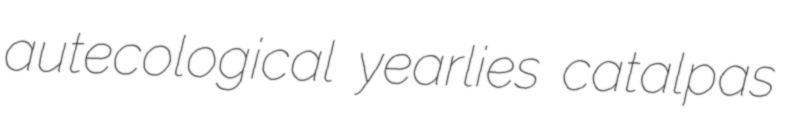
autecological yearlies catalpas